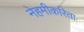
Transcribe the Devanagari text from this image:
नेहमीकरिता